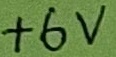
Text: +6V